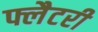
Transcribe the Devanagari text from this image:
फ्लैटरी